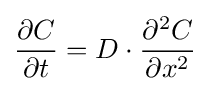
{\frac {\partial C}{\partial t}}=D\cdot {\frac {\partial ^{2}C}{\partial x^{2}}}